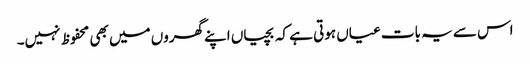
اس سے یہ بات عیاں ہوتی ہے کہ بچیاں اپنے گھروں میں بھی محفوظ نہیں۔